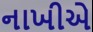
નાખીએ